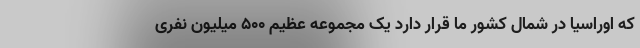
که اوراسیا در شمال کشور ما قرار دارد یک مجموعه عظیم ۵۰۰ میلیون نفری